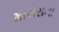
માયરાના